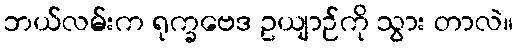
ဘယ်လမ်းက ရုက္ခဗေဒ ဥယျာဉ်ကို သွား တာလဲ။